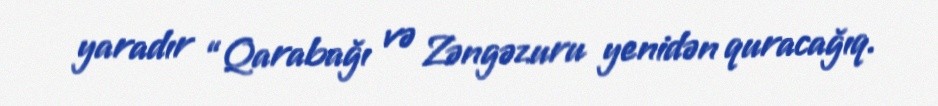
yaradır “Qarabağı və Zəngəzuru yenidən quracağıq.